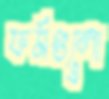
ফর্মগুলো